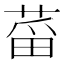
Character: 𱽻